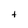
Character: t